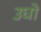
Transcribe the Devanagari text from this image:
उधो